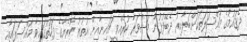
ދެޤައުމުގެ މައްސަލަތަކަށްބަލާއިރު ދެބޭފުޅުން މަޝްވަރާ ކުރެއްވީ ޗައިނާއިން އުތުރު ކޮރެޔާގެ ފަހަތުގައިވާ މައްސަލައާއި